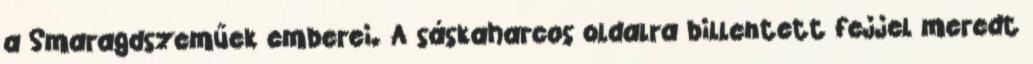
a Smaragdszeműek emberei. A sáskaharcos oldalra billentett fejjel meredt